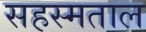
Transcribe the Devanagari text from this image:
सहस्मताल